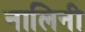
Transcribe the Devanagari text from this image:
नालिनी